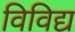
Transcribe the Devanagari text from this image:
विविद्य